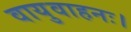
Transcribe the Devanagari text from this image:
वायुवाहनः।